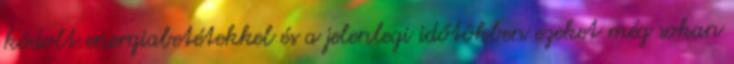
kódolt energiabetétekkel és a jelenlegi időtökben ezeket még sokan